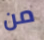
من